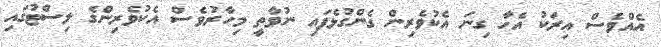
އެއްވެސް އިރަކު އެހާ ގިނަ އެކުވެރިން ގެންގުޅެފައި ނުވާތީ މިހާރުވެސް އެކުވެރިންގެ ލިސްޓުގައި